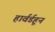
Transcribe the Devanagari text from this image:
हार्वर्डहून